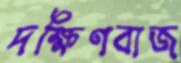
দক্ষিণবাজ